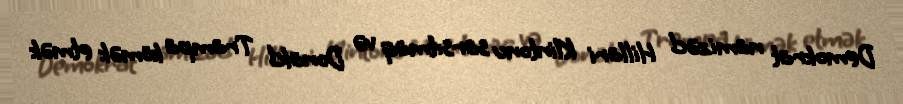
Demokrat namizəd Hillari Klintonu sarsıtmaq və Donald Trampa kömək etmək